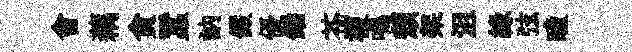
會藕貪蠶訥儼優鍤苍複鳴頽架沮緣弦瞳